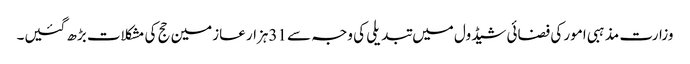
وزارت مذہبی امور کی فضائی شیڈول میں تبدیلی کی وجہ سے 31ہزار عازمین حج کی مشکلات بڑھ گئیں۔